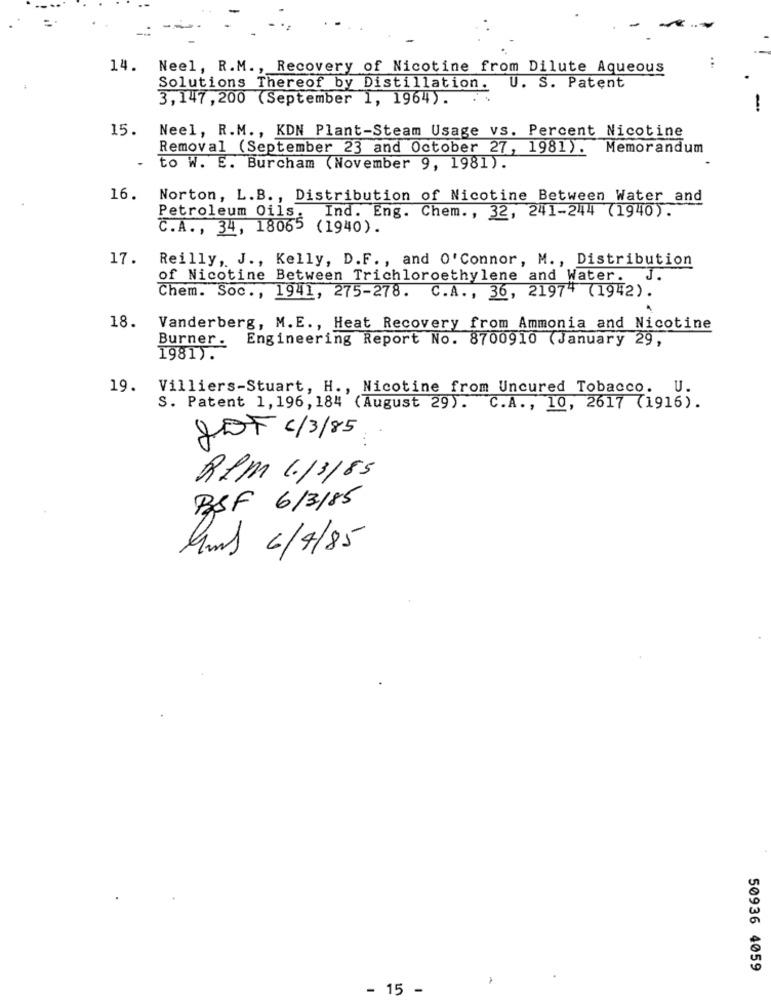
..
14. Neel, R.M ., Recovery of Nicotine from Dilute Aqueous
Solutions Thereof by Distillation. U. S. Patent
3,147,200 (September 1, 1964).
15.
Neel, R.M ., KDN Plant-Steam Usage vs. Percent Nicotine
Removal (September 23 and October 27, 1981). Memorandum
to W. E. Burcham (November 9, 1981).
16.
Norton, L.B ., Distribution of Nicotine Between Water and
Petroleum Oils:
Ind. Eng. Chem ., 32, 241-244 (1940).
C.A ., 34, 18065
(1940).
17. Reilly, J ., Kelly, D.F ., and O'Connor, M ., Distribution
of Nicotine Between Trichloroethylene and Water. J.
Chem. Soc ., 1941, 275-278. C.A ., 36, 21974 (1942).
18.
Vanderberg, M. E ., Heat Recovery from Ammonia and Nicotine
Burner.
Engineering Report No. 8700910 (January 29,
1981).
19. Villiers-Stuart, H ., Nicotine from Uncured Tobacco. U.
S. Patent 1,196, 184 (August 29). C.A ., 10, 2617 (1916).
GODT c/3/85
RPM 1./3/85
BSF 6/3/85
Kms 6/4/85
50936 4059
15
-